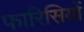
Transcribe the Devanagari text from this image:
फारिसियों